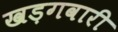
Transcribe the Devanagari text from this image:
खड़गवारी